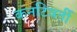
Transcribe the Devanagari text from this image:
कनटिवर्ती